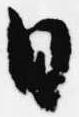
日